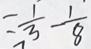
= \frac { 1 } { 3 } - \frac { 1 } { 8 }